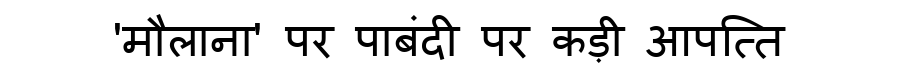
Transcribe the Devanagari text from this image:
'मौलाना' पर पाबंदी पर कड़ी आपत्ति